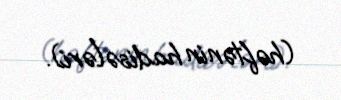
(həftənin hadisələri).